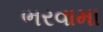
ભરવામા